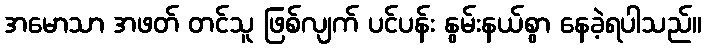
အမောသာ အဖတ် တင်သူ ဖြစ်လျက် ပင်ပန်း နွမ်းနယ်စွာ နေခဲ့ရပါသည်။